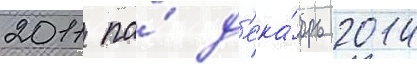
2011 по́ д'ека́брь 2014